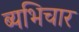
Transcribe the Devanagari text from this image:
ब्यभिचार